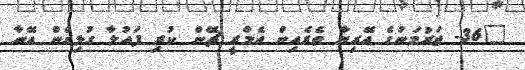
"36- ޖަރުމަނުގެ އޭރިޔާ ތެރެއިން އެމްރީ ޗޭން ކުރި ފައުލާ ގުޅިގެން އޭނާ